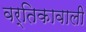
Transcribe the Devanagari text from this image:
वर्तिकावाली